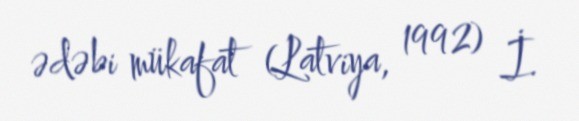
ədəbi mükafat (Latviya, 1992) İ.